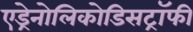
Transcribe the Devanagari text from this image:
एड्रेनोलिकोडिसट्रॉफी